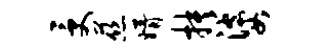
受慈婿抉婆